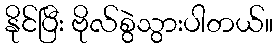
နိုင်ပြီး ဗိုလ်စွဲသွားပါတယ်။